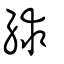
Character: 絿